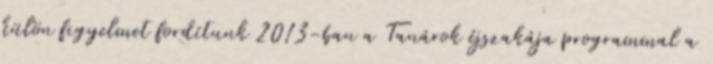
külön figyelmet fordítunk 2013-ban a Tanárok éjszakája programmal a